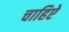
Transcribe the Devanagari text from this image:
चाहिऐ